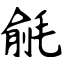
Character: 毹